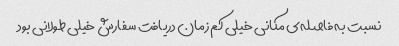
نسبت به فاصله‌ی مکانی خیلی کم زمان دریافت سفارش خیلی طولانی بود